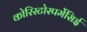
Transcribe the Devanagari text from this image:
कोरिस्टोस्पर्मेसिई